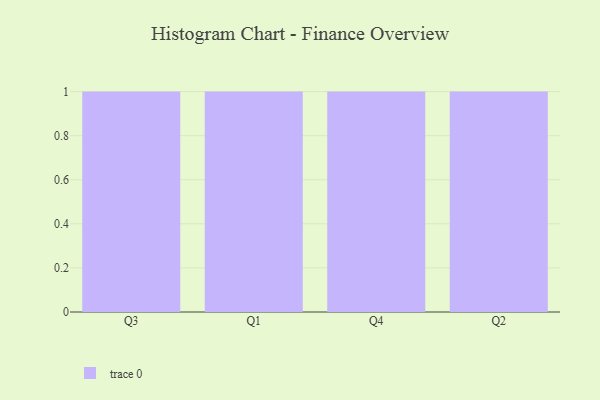
{"axis": {"x": "Quarter", "y": "Page Views"}, "legend": [""], "data": [{"x": "Q3", "y": 54, "type": ""}, {"x": "Q1", "y": 4, "type": ""}, {"x": "Q4", "y": 87, "type": ""}, {"x": "Q2", "y": 24, "type": ""}]}